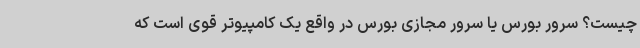
چیست؟ سرور بورس یا سرور مجازی بورس در واقع یک کامپیوتر قوی است که